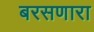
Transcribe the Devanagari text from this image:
बरसणारा